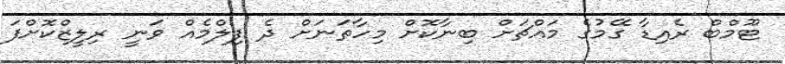
ޓޫމްބް ރެއިޑާ ގޭމުގެ މައްޗަށް ބިނާކޮށް މިހާތަނަށް ދެ ފިލްމެއް ވަނީ ރިލީޒްކޮށްފަ